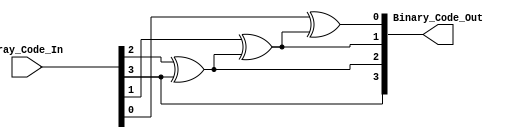
/*
Verilog Code, to implement a Gray to Binary Converter - 4-Bit.



Author : Prasad Narayan Ghatol
*/



module Gray_to_Binary_Converter_4_Bit (
    input  [3:0] Gray_Code_In,
    output [3:0] Binary_Code_Out
);



// --------------------------------------------------
// Gray to Binary Converter - 4-Bit Logic
// --------------------------------------------------
assign Binary_Code_Out[3] = Gray_Code_In[3];
assign Binary_Code_Out[2] = Gray_Code_In[2] ^ Binary_Code_Out[3];
assign Binary_Code_Out[1] = Gray_Code_In[1] ^ Binary_Code_Out[2];
assign Binary_Code_Out[0] = Gray_Code_In[0] ^ Binary_Code_Out[1];



endmodule